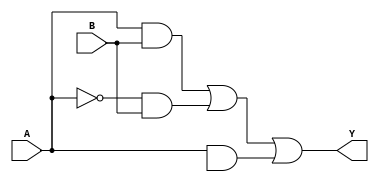
module xor_gate_transmission(A, B, Y);
input A, B;
output Y;

wire A_bar;
assign A_bar = ~A;

wire tg1, tg2, tg3;
assign tg1 = A & B;
assign tg2 = A_bar & B;
assign tg3 = A & B_bar;

assign Y = tg1 | tg2 | tg3;

endmodule